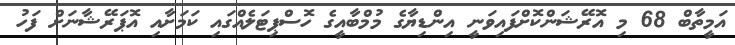
އަމީތާބް 68 މި އޮރޭޝަންކޮށްފައިވަނީ އިންޑިޔާގެ މުމްބާއީގެ ހޮސްޕިޓަލެއްގައި ކަމަށާއި އޮޕަރޭޝާނަށް ފަހު